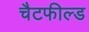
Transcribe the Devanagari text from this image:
चैटफील्ड